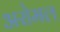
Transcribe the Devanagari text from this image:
अरोमल